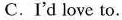
C.I'd love to.